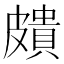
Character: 𥀠